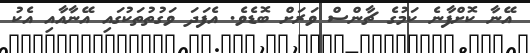
އޭނާ ކޮށްފާނެ ކަމުގެ ޗާންސް ވަރަށް ބޮޑެވެ. އެފަދަ ވަގުތުތަކުގައި އޭނާއާއި އެކު